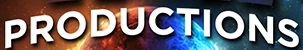
PRODUCTIONS